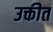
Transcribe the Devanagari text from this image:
उक्तीत